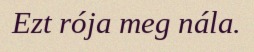
Ezt rója meg nála.